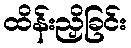
ထိန်းညှိခြင်း